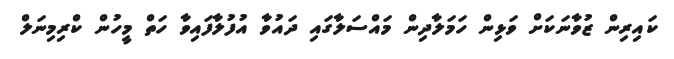
ކައިރިން ޒުވާނަކަށް ވަޅިން ހަމަލާދިން މައްސަލާގައި ދައުވާ އުފުލާފައިވާ ހަތް މީހުން ކްރިމިނަލް